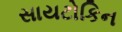
સાયટોકિન